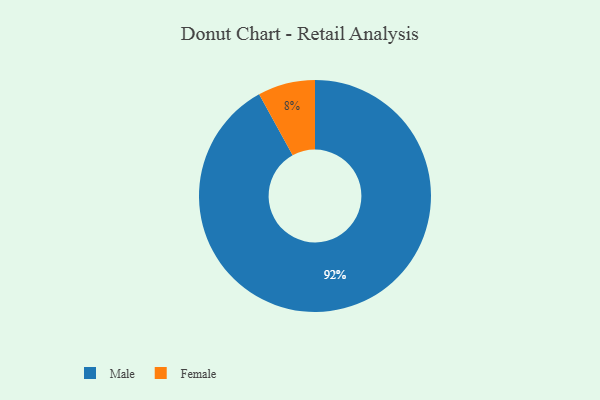
{"axis": {"x": "Category", "y": "Percentage"}, "legend": ["Female", "Male"], "data": [{"x": "Female", "y": 8, "type": "Female"}, {"x": "Male", "y": 92, "type": "Male"}]}